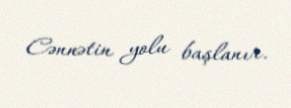
Cənnətin yolu başlanır.